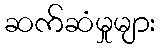
ဆက်ဆံမှုများ